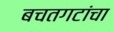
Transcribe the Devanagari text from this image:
बचतगटांचा